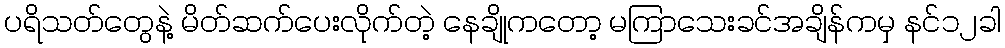
ပရိသတ်တွေနဲ့ မိတ်ဆက်ပေးလိုက်တဲ့ နေချိုကတော့ မကြာသေးခင်အချိန်ကမှ နင်၁၂ခါ